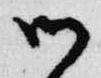
御